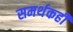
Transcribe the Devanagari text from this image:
समर्थकही